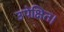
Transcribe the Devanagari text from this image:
उपेक्षित।